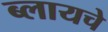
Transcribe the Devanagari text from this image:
ब्लायचे